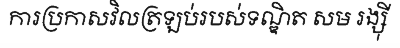
ការប្រកាសវិលត្រឡប់របស់ទណ្ឌិត សម រង្ស៊ី